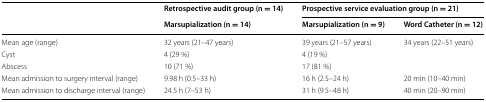
<table><thead><tr><td rowspan="2"></td><td><b>Retrospective audit group (n = 14)</b></td><td colspan="2"><b>Prospective service evaluation group (n = 21)</b></td></tr><tr><td><b>Marsupialization (n = 14)</b></td><td><b>Marsupialization (n = 9)</b></td><td><b>Word Catheter (n = 12)</b></td></tr></thead><tbody><tr><td>Mean age (range)</td><td>32 years (21–47 years)</td><td>39 years (21–57 years)</td><td>34 years (22–51 years)</td></tr><tr><td>Cyst</td><td>4 (29 %)</td><td colspan="2">4 (19 %)</td></tr><tr><td>Abscess</td><td>10 (71 %)</td><td colspan="2">17 (81 %)</td></tr><tr><td>Mean admission to surgery interval (range)</td><td>9.98 h (0.5–33 h)</td><td>16 h (2.5–24 h)</td><td>20 min (10–40 min)</td></tr><tr><td>Mean admission to discharge interval (range)</td><td>24.5 h (7–53 h)</td><td>31 h (9.5–48 h)</td><td>40 min (20–90 min)</td></tr></tbody></table>